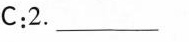
C:2. ___